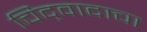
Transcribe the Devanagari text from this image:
चिद्‌वादाचा